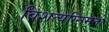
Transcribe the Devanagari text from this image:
विशत्यग्निमतो